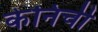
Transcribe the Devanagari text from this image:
केनिची